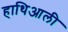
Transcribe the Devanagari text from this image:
हाथिआली